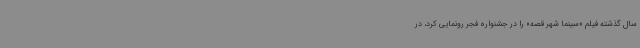
سال گذشته فیلم «سینما شهر قصه» را در جشنواره فجر رونمایی کرد، در